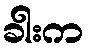
ခါးက